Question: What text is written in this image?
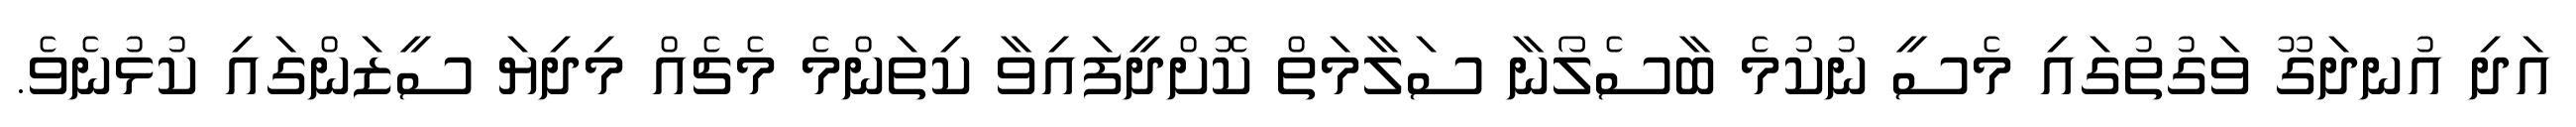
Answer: އަދި އުނދަގޫ ވަގުތުގައި މެސީ ނުކުމެ ބާސެލޯނާ ސަލާމަތް ކޮށްދީފައިވާ ކިތަންމެ މެޗެއް މިދިޔަ ސީޒަންގައި ކުޅުނެވެ.